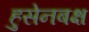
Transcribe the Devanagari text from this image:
हुसेनबक्ष